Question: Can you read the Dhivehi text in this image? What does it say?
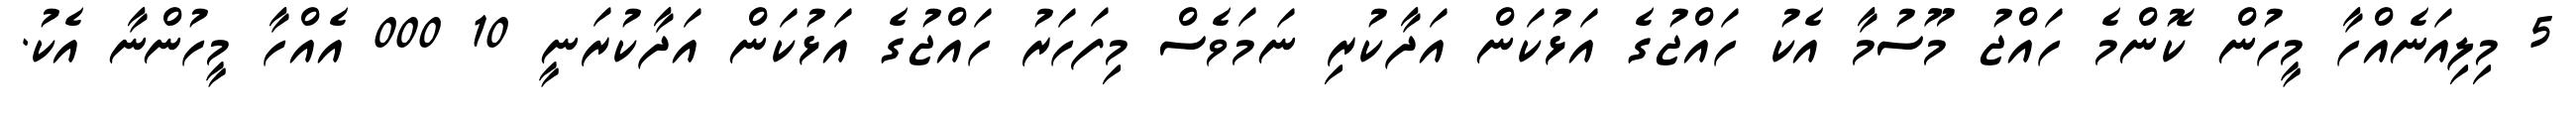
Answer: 5 މިލިއަނެއްހާ މީހުން ކޮންމެ ހައްޖު މޫސުމާ އެކު ހައްޖުގެ އަޅުކަން އަދާކުރި ނަމަވެސް މިފަހަރު ހައްޖުގެ އަޅުކަން އަދާކުރަނީ 10 000 އެއްހާ މީހުންނާ އެކު.